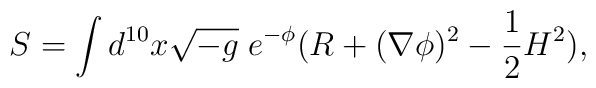
S=\int d^{10}x\sqrt{-g}\; e^{-\phi}(R+(\nabla\phi)^2-\frac{1}{2}H^2),